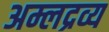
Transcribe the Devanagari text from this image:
अम्लद्रव्य